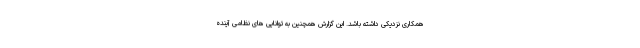
همکاری نزدیکی داشته باشد. این گزارش همچنین به توانایی های نظامی آینده